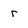
Character: r